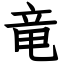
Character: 竜